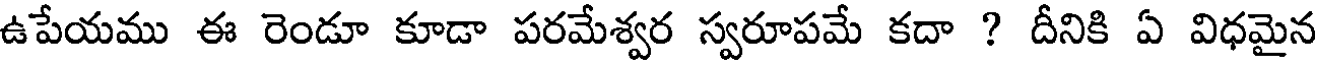
ఉపేయము ఈ రెండూ కూడా పరమేశ్వర స్వరూపమే కదా ? దీనికి ఏ విధమైన